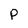
Character: P